65_HS1-834228961_62-HQ-83894_SUB_A
Agency: FBI
Page 36
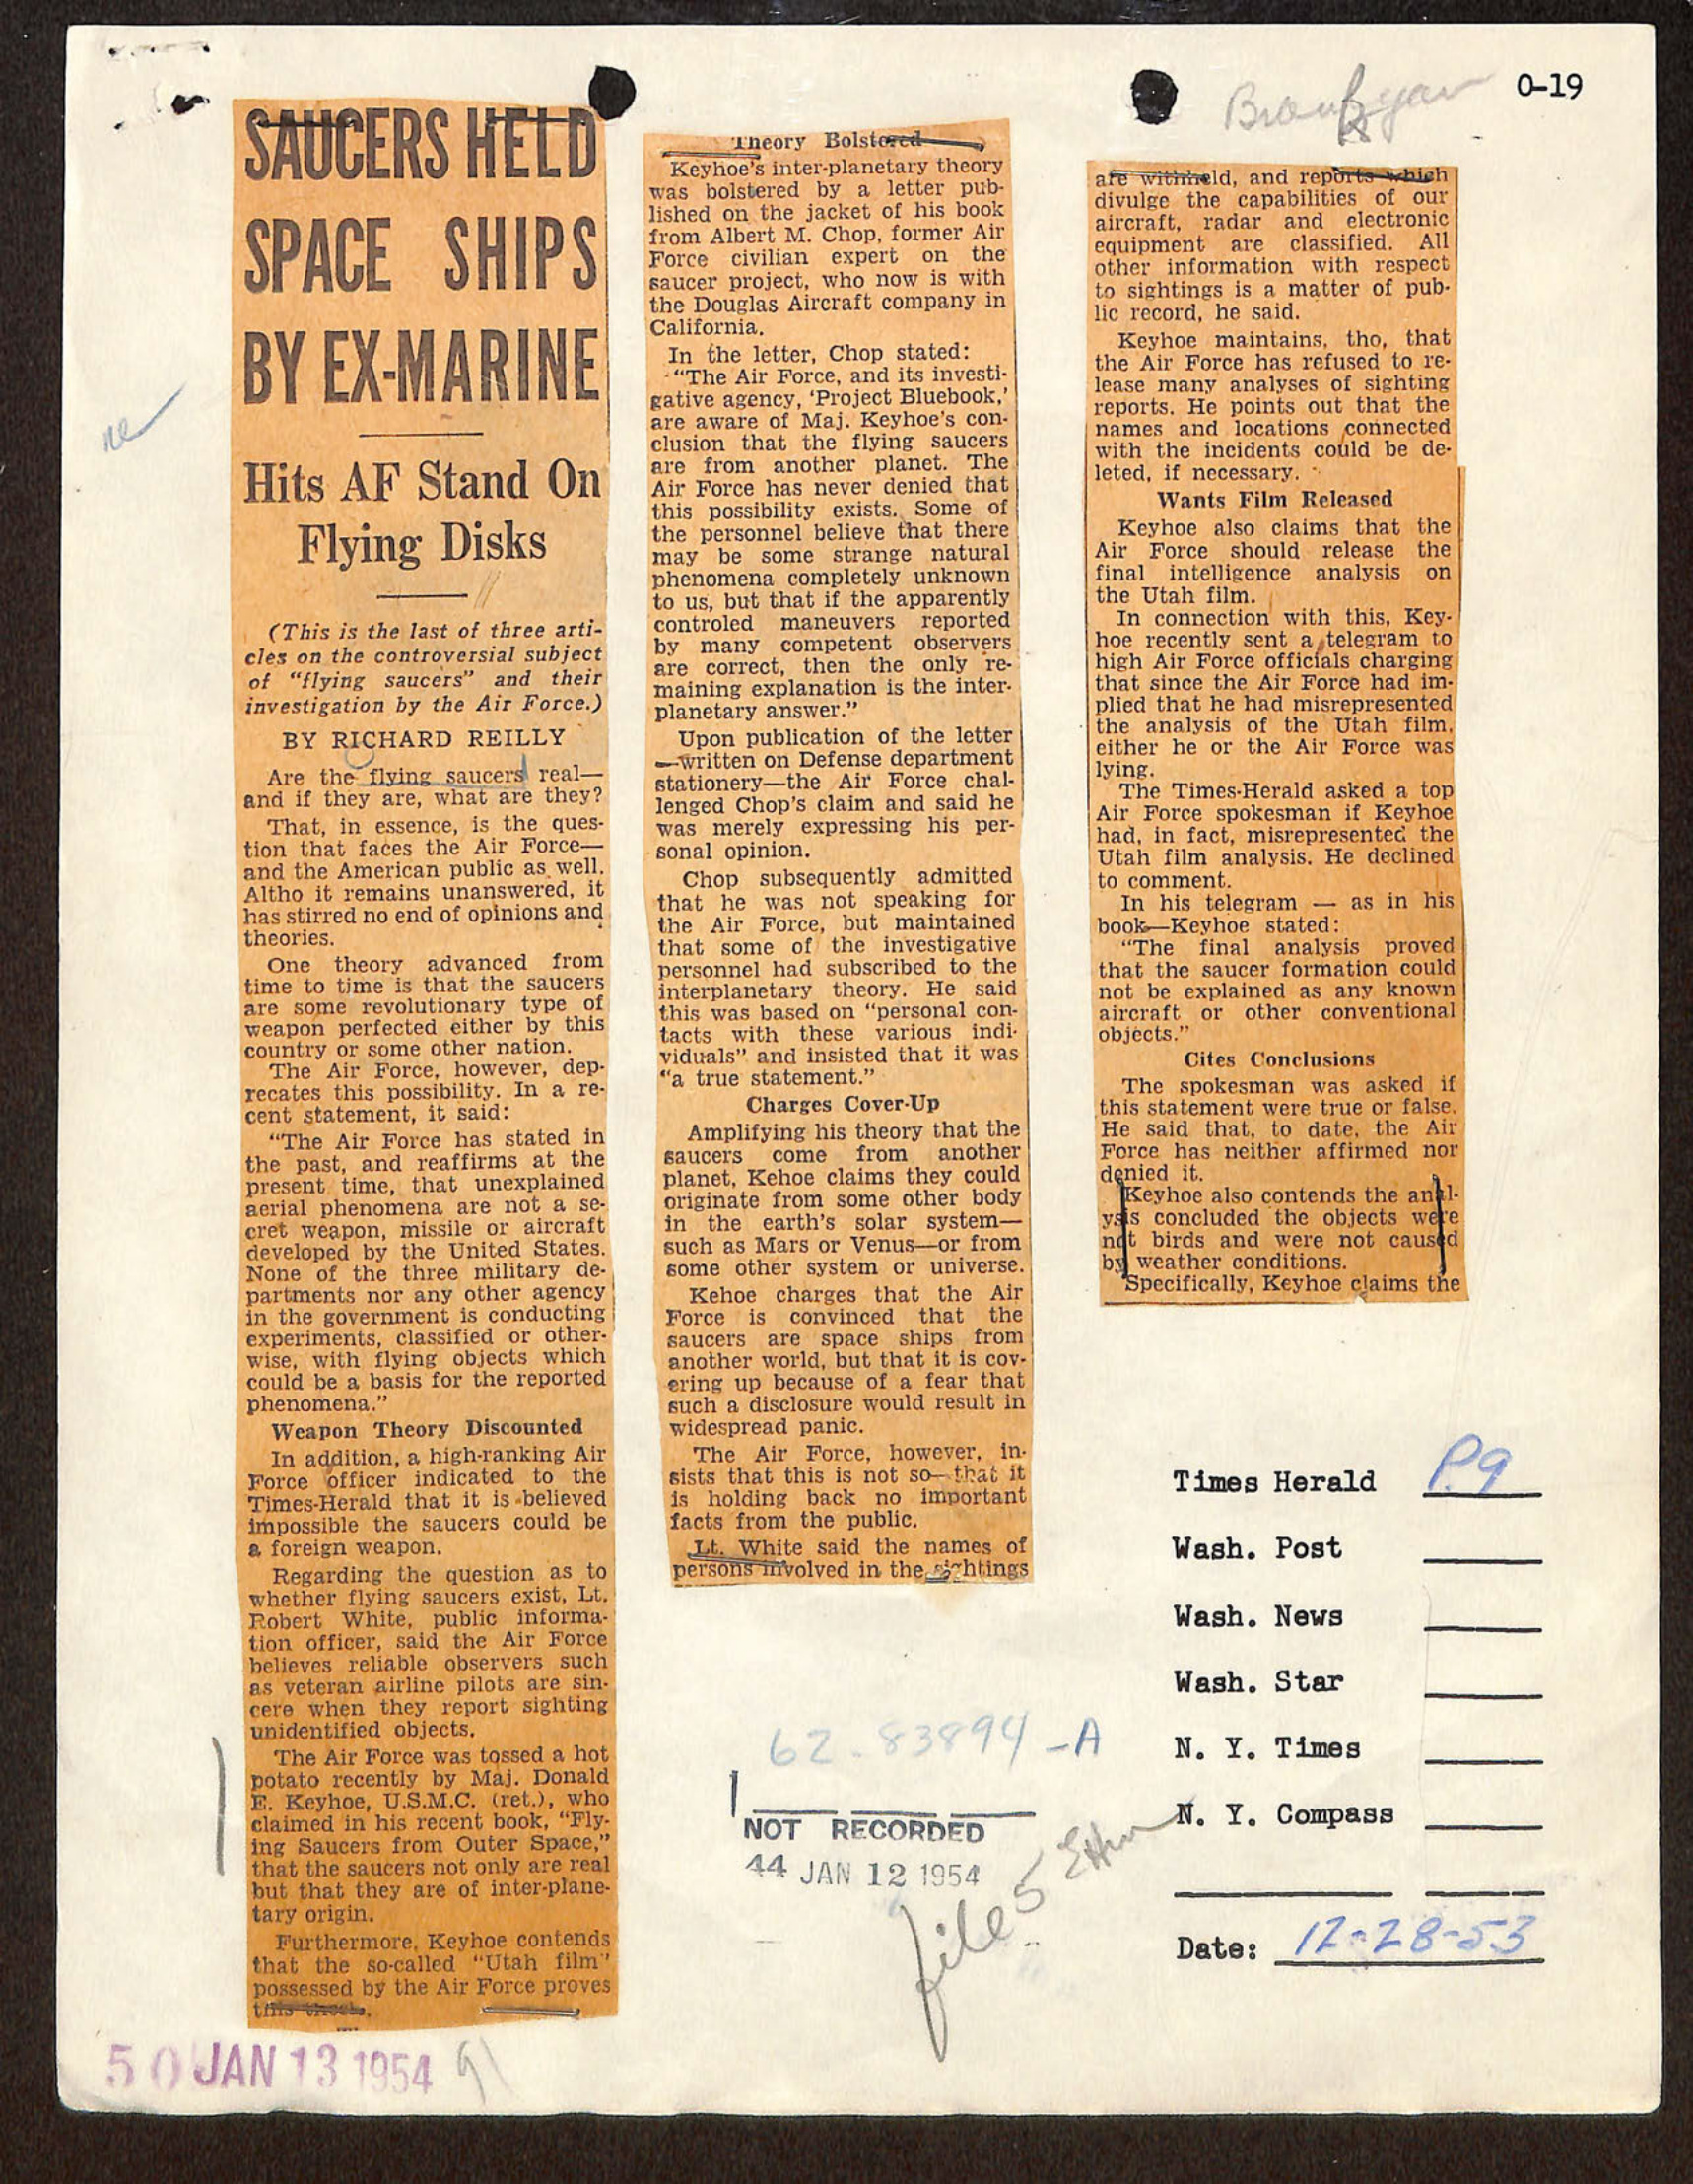